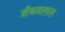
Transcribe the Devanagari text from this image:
त्रीकमलाल